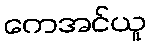
ကေအင်ယူ